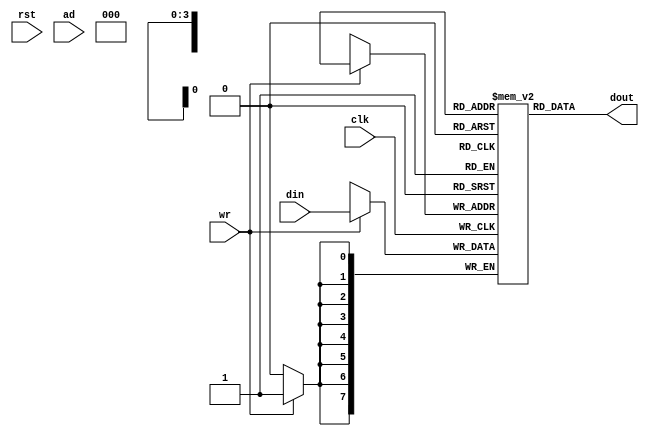
module SRAM (
  input wire clk,
  input wire rst,
  input wire wr,
  input wire [9:0] ad,
  input wire [7:0] din,
  output wire [7:0] dout
);
  parameter width=8;
  parameter depth=16;
  reg [width-1:0] mem [depth-1:0];
  always @(posedge clk) begin
    if (wr)
      mem[adr] <= din;
  end
  assign dout = mem[adr];
endmodule